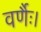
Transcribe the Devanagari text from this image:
वर्णैः।